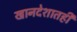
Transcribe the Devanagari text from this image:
खानदेशातही